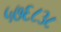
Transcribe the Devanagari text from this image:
५७६८३८